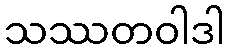
သဿတဝါဒါ